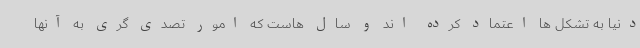
دنیا به تشکل ها اعتماد کرده اند و سال هاست که امور تصدی گری به آنها